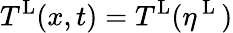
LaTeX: T^{\mathrm{L}}(x,t)=T^{\mathrm{L}}(\eta^{\mathrm{~L~}})